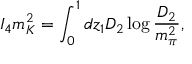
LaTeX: I _ { 4 } m _ { K } ^ { 2 } = \int _ { 0 } ^ { 1 } d z _ { 1 } D _ { 2 } \log { \frac { D _ { 2 } } { m _ { \pi } ^ { 2 } } } ,